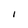
Character: I